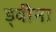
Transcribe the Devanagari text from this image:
ड्वीना